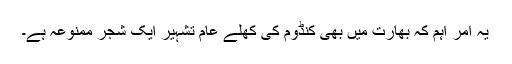
یہ امر اہم کہ بھارت میں بھی کنڈوم کی کھلے عام تشہیر ایک شجر ممنوعہ ہے۔